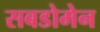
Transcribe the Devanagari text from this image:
सबडोमेन